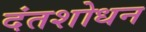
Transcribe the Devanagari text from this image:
दंतशोधन